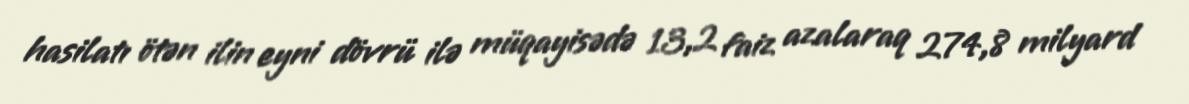
hasilatı ötən ilin eyni dövrü ilə müqayisədə 13,2 faiz azalaraq 274,8 milyard